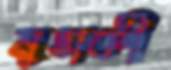
মুত্তাকী